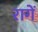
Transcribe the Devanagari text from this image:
रागें